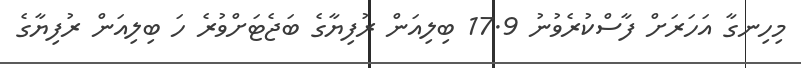
މިހިނގާ އަހަރަށް ފާސްކުރެވުނު 17.9 ބިލިއަން ރުފިޔާގެ ބަޖެޓަށްވުރެ ހަ ބިލިއަން ރުފިޔާގެ